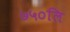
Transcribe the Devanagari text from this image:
७५०लि